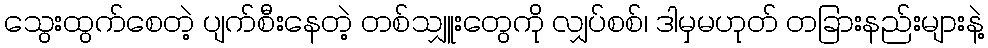
သွေးထွက်စေတဲ့ ပျက်စီးနေတဲ့ တစ်သျှူးတွေကို လျှပ်စစ်၊ ဒါမှမဟုတ် တခြားနည်းများနဲ့